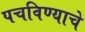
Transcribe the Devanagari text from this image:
पचविण्याचे